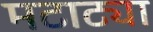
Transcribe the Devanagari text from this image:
मटाट्या